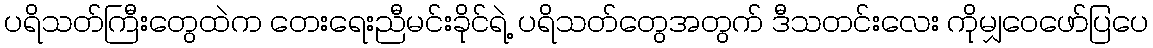
ပရိသတ်ကြီးတွေထဲက တေးရေးညီမင်းခိုင်ရဲ့ ပရိသတ်တွေအတွက် ဒီသတင်းလေး ကိုမျှဝေဖော်ပြပေ